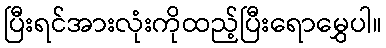
ပြီးရင်အားလုံးကိုထည့်ပြီးရောမွှေပါ။